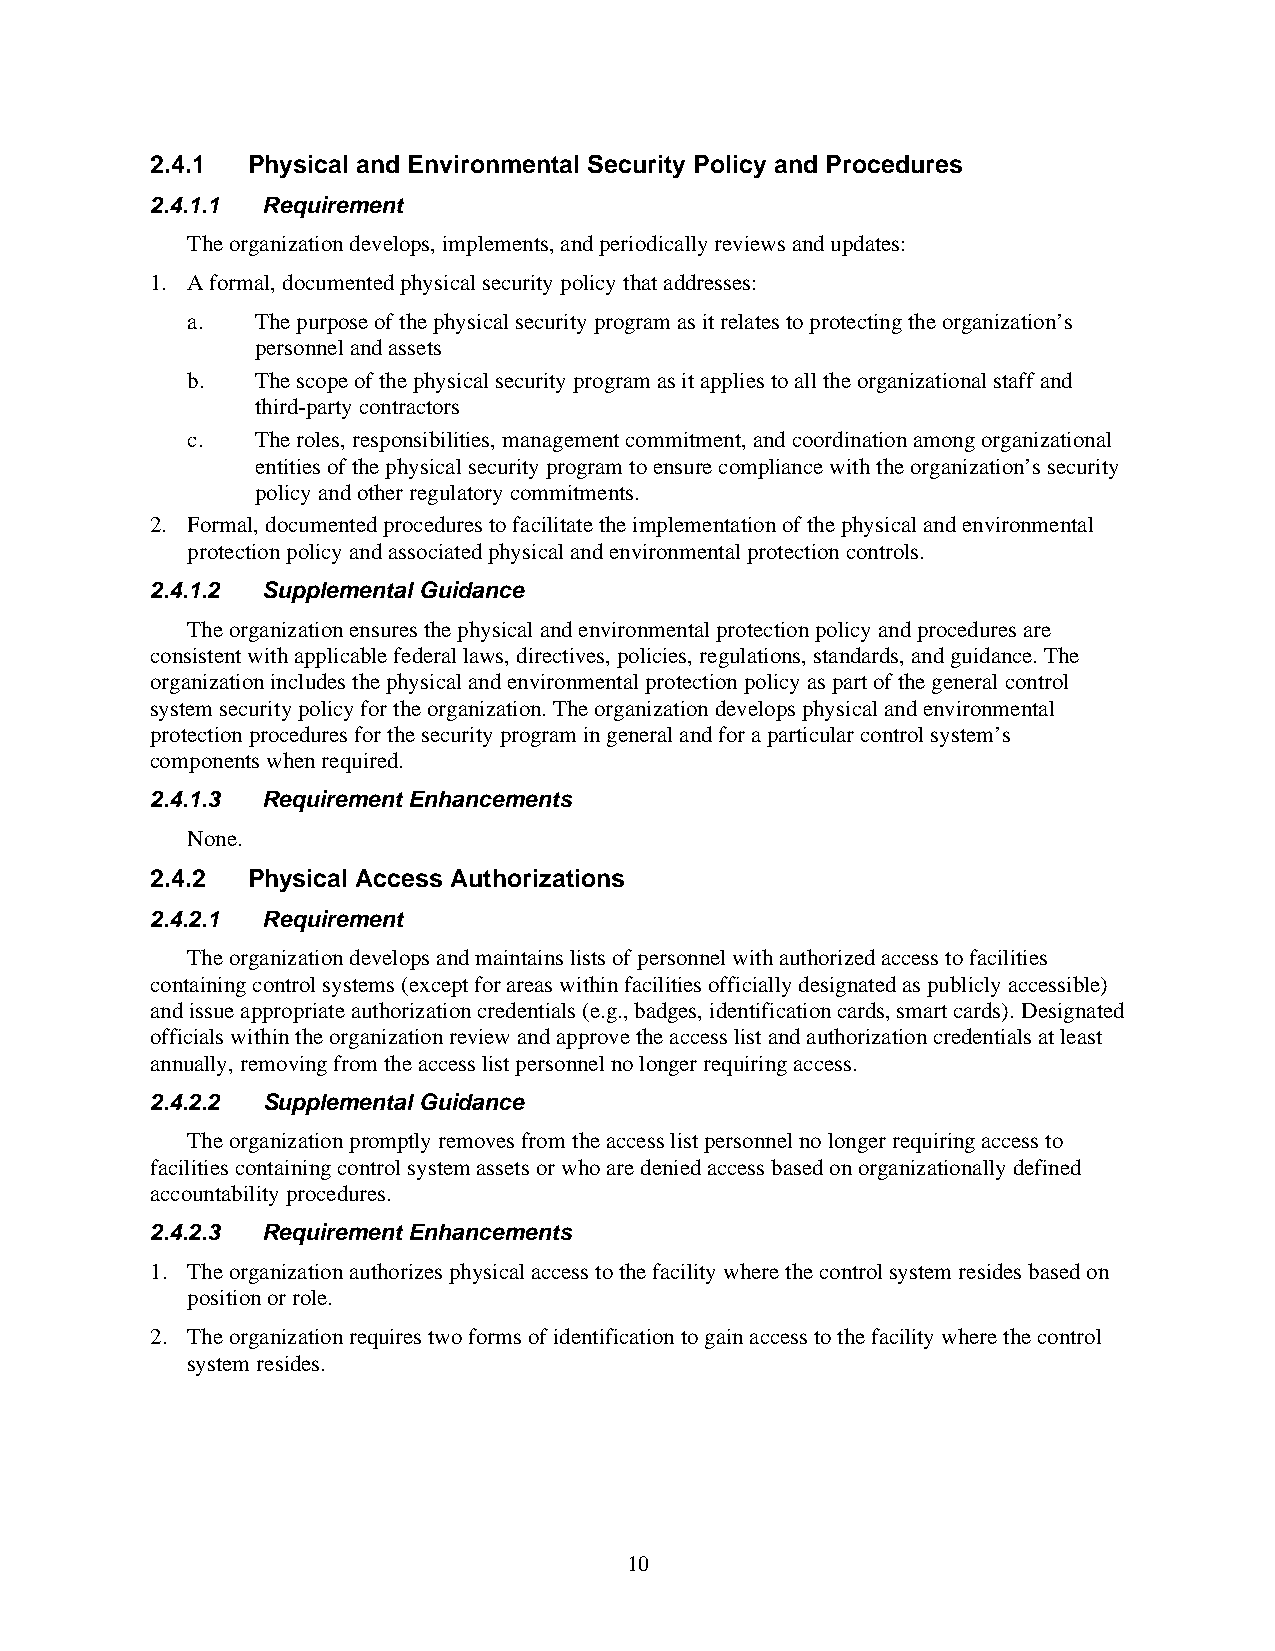
2.4.1 Physical and Environmental Security Policy and Procedures
 2.4.1.1 Requirement
 The organization develops, implements, and periodically reviews and updates:
 1. A formal, documented physical security policy that addresses:
 a.   The purpose of the physical security program as it relates to protecting the organization’s
 personnel and assets
 b.   The scope of the physical security program as it applies to all the organizational staff and
 third-party contractors
 c.   The roles, responsibilities, management commitment, and coordination among organizational
 entities of the physical security program to ensure compliance with the organization’s security
 policy and other regulatory commitments.
 2. Formal, documented procedures to facilitate the implementation of the physical and environmental
 protection policy and associated physical and environmental protection controls.
 2.4.1.2 Supplemental Guidance
 The organization ensures the physical and environmental protection policy and procedures are
 consistent with applicable federal laws, directives, policies, regulations, standards, and guidance. The
 organization includes the physical and environmental protection policy as part of the general control
 system security policy for the organization. The organization develops physical and environmental
 protection procedures for the security program in general and for a particular control system’s
 components when required.
 2.4.1.3 Requirement Enhancements
 None.
 2.4.2 Physical Access Authorizations
 2.4.2.1 Requirement
 The organization develops and maintains lists of personnel with authorized access to facilities
 containing control systems (except for areas within facilities officially designated as publicly accessible)
 and issue appropriate authorization credentials (e.g., badges, identification cards, smart cards). Designated
 officials within the organization review and approve the access list and authorization credentials at least
 annually, removing from the access list personnel no longer requiring access.
 2.4.2.2 Supplemental Guidance
 The organization promptly removes from the access list personnel no longer requiring access to
 facilities containing control system assets or who are denied access based on organizationally defined
 accountability procedures.
 2.4.2.3 Requirement Enhancements
 1. The organization authorizes physical access to the facility where the control system resides based on
 position or role.
 2. The organization requires two forms of identification to gain access to the facility where the control
 system resides.
 10